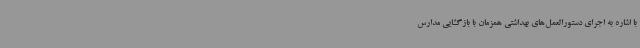
با اشاره به اجرای دستورالعمل‌های بهداشتی همزمان با بازگشایی مدارس